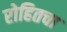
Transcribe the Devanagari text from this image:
रोहितचा